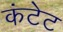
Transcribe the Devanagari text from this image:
कंटेट